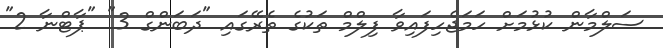
ސަލްމާން ކުޅުމަށް ހަމަޖެހިފައިވާ ފިލްމް ތަކުގެ ތެރޭގައި "ދަބަންގް 3" "ޕާޓްނާ 2"